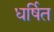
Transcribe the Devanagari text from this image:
धर्षित